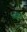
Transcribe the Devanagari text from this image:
नसिफ